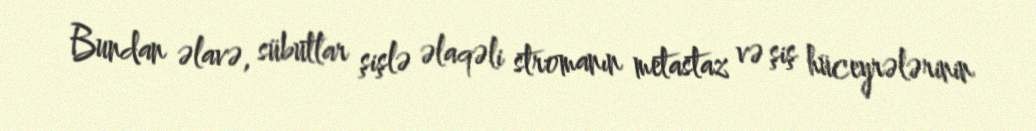
Bundan əlavə, sübutlar şişlə əlaqəli stromanın metastaz və şiş hüceyrələrinin